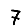
Digit: 7